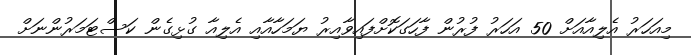
މިއަހަރު އެލިއާއަށް 50 އަހަރު ފުރުން ފާހަގަކޮށްފައިވާއިރު ޔަމަހާއާއި އެލިއާ ގުޅިގެން ކަސްޓަމަރުންނަށް